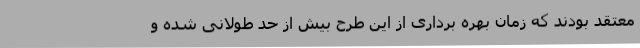
معتقد بودند که زمان بهره برداری از این طرح بیش از حد طولانی شده و